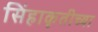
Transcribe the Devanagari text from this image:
सिंहाकृतीच्या